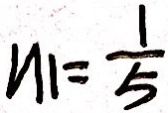
n _ { 1 } = \frac { 1 } { 5 }